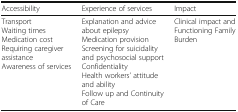
<table><thead><tr><td><b>Accessibility</b></td><td><b>Experience of services</b></td><td><b>Impact</b></td></tr></thead><tbody><tr><td>TransportWaiting timesMedication costRequiring caregiver assistanceAwareness of services</td><td>Explanation and advice about epilepsyMedication provisionScreening for suicidality and psychosocial supportConfidentialityHealth workers’ attitude and abilityFollow up and Continuity of Care</td><td>Clinical impact and Functioning Family Burden</td></tr></tbody></table>